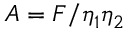
A = F / \eta _ { 1 } \eta _ { 2 }